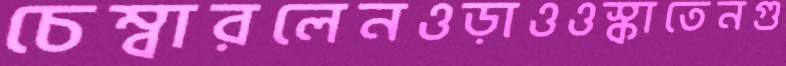
চেম্বারলেনওড়াওওস্‌কাতেনগু